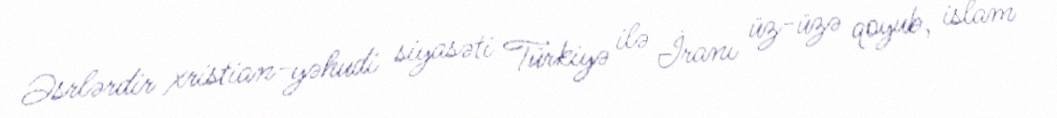
Əsrlərdir xristian-yəhudi siyasəti Türkiyə ilə İranı üz-üzə qoyub, islam